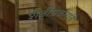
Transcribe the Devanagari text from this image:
शेतीप्रकाराचे